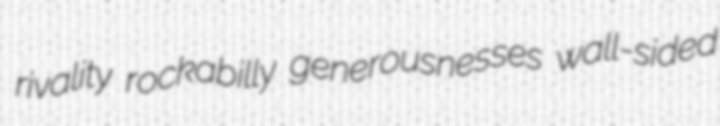
rivality rockabilly generousnesses wall-sided